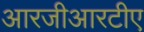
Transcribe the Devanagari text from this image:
आरजीआरटीए